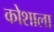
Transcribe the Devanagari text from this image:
कोशाला